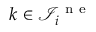
k \in \mathcal { I } _ { i } ^ { \mathrm { ~ n ~ e ~ } }